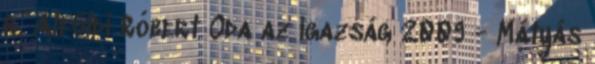
r. Alföldi Róbert Oda az igazság 2009 - Mátyás